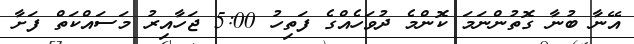
އޭނާ ބުނާ ގޮތުންނަމަ ކޮންމެ ދުވަހެއްގެ ފަތިހު 5:00 ޖަހާއިރު މަސައްކަތް ފަށާ